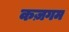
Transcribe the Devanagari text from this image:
कज़गम